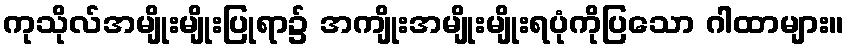
ကုသိုလ်အမျိုးမျိုးပြုရာ၌ အကျိုးအမျိုးမျိုးရပုံကိုပြသော ဂါထာများ။